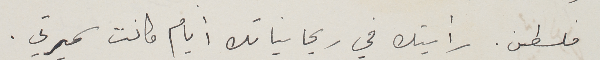
فلسطين. رأيتك في ريحانياتك أيام كانت سميرتي.